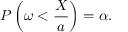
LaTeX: P \left( \omega < { \frac { X } { a } } \right) = \alpha .